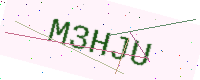
Text: M3HJU